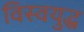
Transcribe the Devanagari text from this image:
विस्वयुद्ध